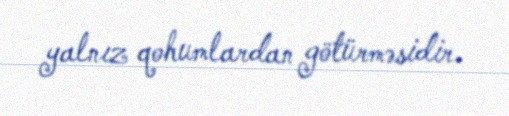
yalnız qohumlardan götürməsidir.